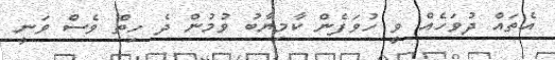
އެތައް ދުވަހެއް ވީ ހުވަފެން ކާމިޔާބު ވުމުން ދެ ހިތް ވެސް ވަނީ